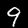
Label: 9